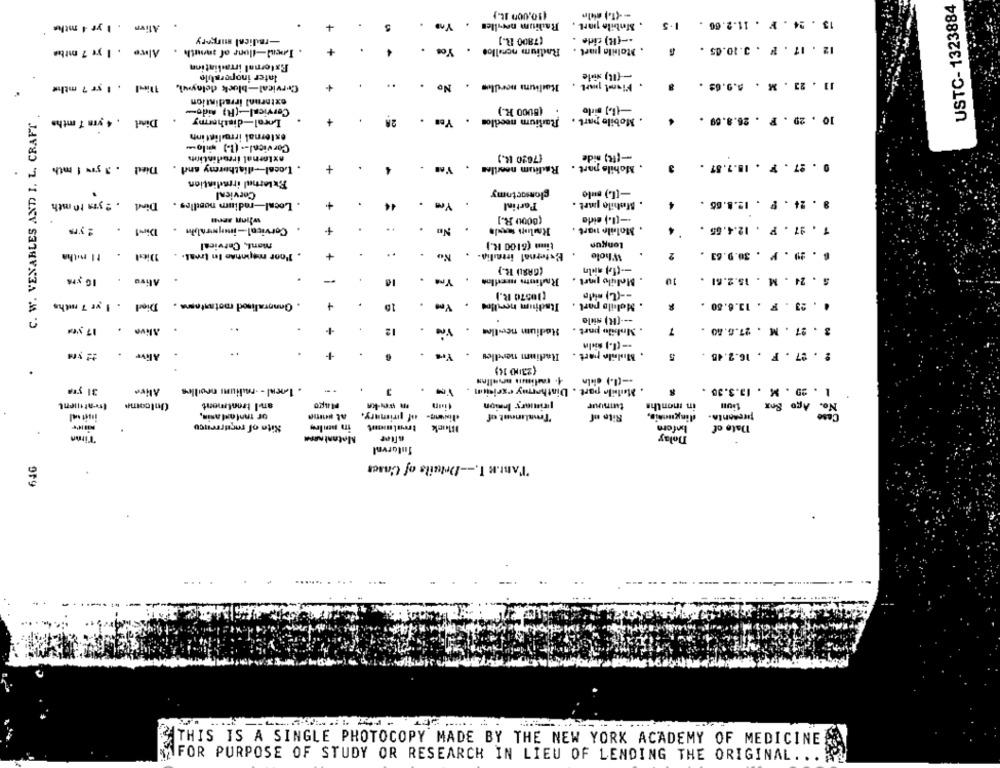
USTC- 1323884
(10.000 It.)
-- (1.) eido
Radium nevilles
. Mobile part .
13 . 24 . F . 11.2.66 . 1.5
Alive . 1 yr 4 mthe
+
-radical mirgery
(7800 R.]
-- (R) cide .
Altre . I ye 7 miba
. Inenl-Iluns of mouth .
Yos
Radium nerelloe
. Moltila part .
12 . 17 . F . 3.10.05 .
External irradiation
Inter inoperable
-{Il) xile
Tiel . 1 yr 7 mths
Cervical-block delaywi,
No
Radium nordlos
11 . 23 . M . 8.9.69
external irradintion
Cervical-(R) nido-
(BU00 K.)
C. W. VENABLES AND I. L. CRAFT
Dind , 4 yr 7 mths
Loral-diathermy
+
2A
Mobile part . Rarlium needlos
10 . 29 . P . 26.8.69 .
external irmelintinh
Cor vical -. (1) wilo-
axlornal irrodintints
-[1] nide
(7020 k.)
Died . 3 you ! mth
. Local-diathermy and .
+
4
Radium neeriles
. Mohils part .
0 . 27 . F . 18.7.57 .
External irmadintion
Cervical
clomsactomy
-[L) sulo
. Local-radium noodles . Dind . 2 yza 10 mth
+
Yen
Partinl
. Mohilo part .
8 . 24 . F . 12.8.66 .
when seen
(DOOU R.]
-- [L.) eide
Cervical-jmymalin . Dirt . 2 yrs
+
.
.
No
.
. Mollo part
1 . 97 . P . 12.4.55 .
mant, Cervical
timm (6100 R.)
Longun
Dies . 11 mitha
. P'oor mapinnse In Ireal. .
+
.
External ittalia.
Whole
6.M . M . 30.9.63 .
(GRAD R.}
IG yr
Alive .
Molulo pinrt .
S . 24 . M . 15.2.61 .
.
Radium medlow
(10670 R.)
-- (L) nido
Died . 1 yr 7 mths
. Onnoralisod motaatoms .
10
Itadium herules .
. Moltilo port .
. . 23 . F . 13.6.50 .
--- [R) side
17 yea
Alive.
+
12
.
Radium neellos .
. Mobilo part .
3 . 27 . M . 27.6.80 .
Alive.
.
Radium nerdles . Yes .
. Mulnilo part .
2 . 27 . F . 16.2.48
5
(23/10 14)
31 yTA
Alive
. Leal - - radiuni nevilles
3
. Malila part . Diathermy exricim .
1 . 20 . M . 13.3.36 .
ITrattient
Unicome
aTil trontment
primary Iraion
tuuur
in months
No. Ago Box
or malaslanin,
at sama
dimens- of primary.
"Tenalinant of
Sito nf
dingunnis,
Case
Site of recurrence
in poilry
treatment
before
Date of
Tiran
Metaal nasa
Dolay
Sutorval
TantK I .-- Details of Cases
OF
THIS IS A SINGLE PHOTOCOPY MADE BY THE NEW YORK ACADEMY OF MEDICINE
FOR PURPOSE OF STUDY OR RESEARCH IN LIEU OF LENDING THE ORIGINAL. ..